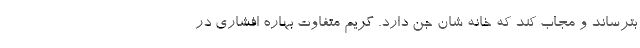
بترساند و مجاب کند که خانه شان جن دارد. گریم متفاوت بهاره افشاری در